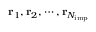
\mathbf r _ { 1 } , \mathbf r _ { 2 } , \cdots , \mathbf r _ { N _ { \mathrm { i m p } } }